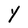
Character: Y